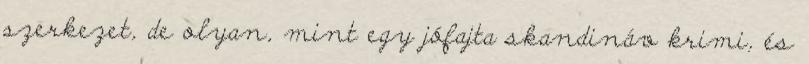
szerkezet, de olyan, mint egy jófajta skandináv krimi, és